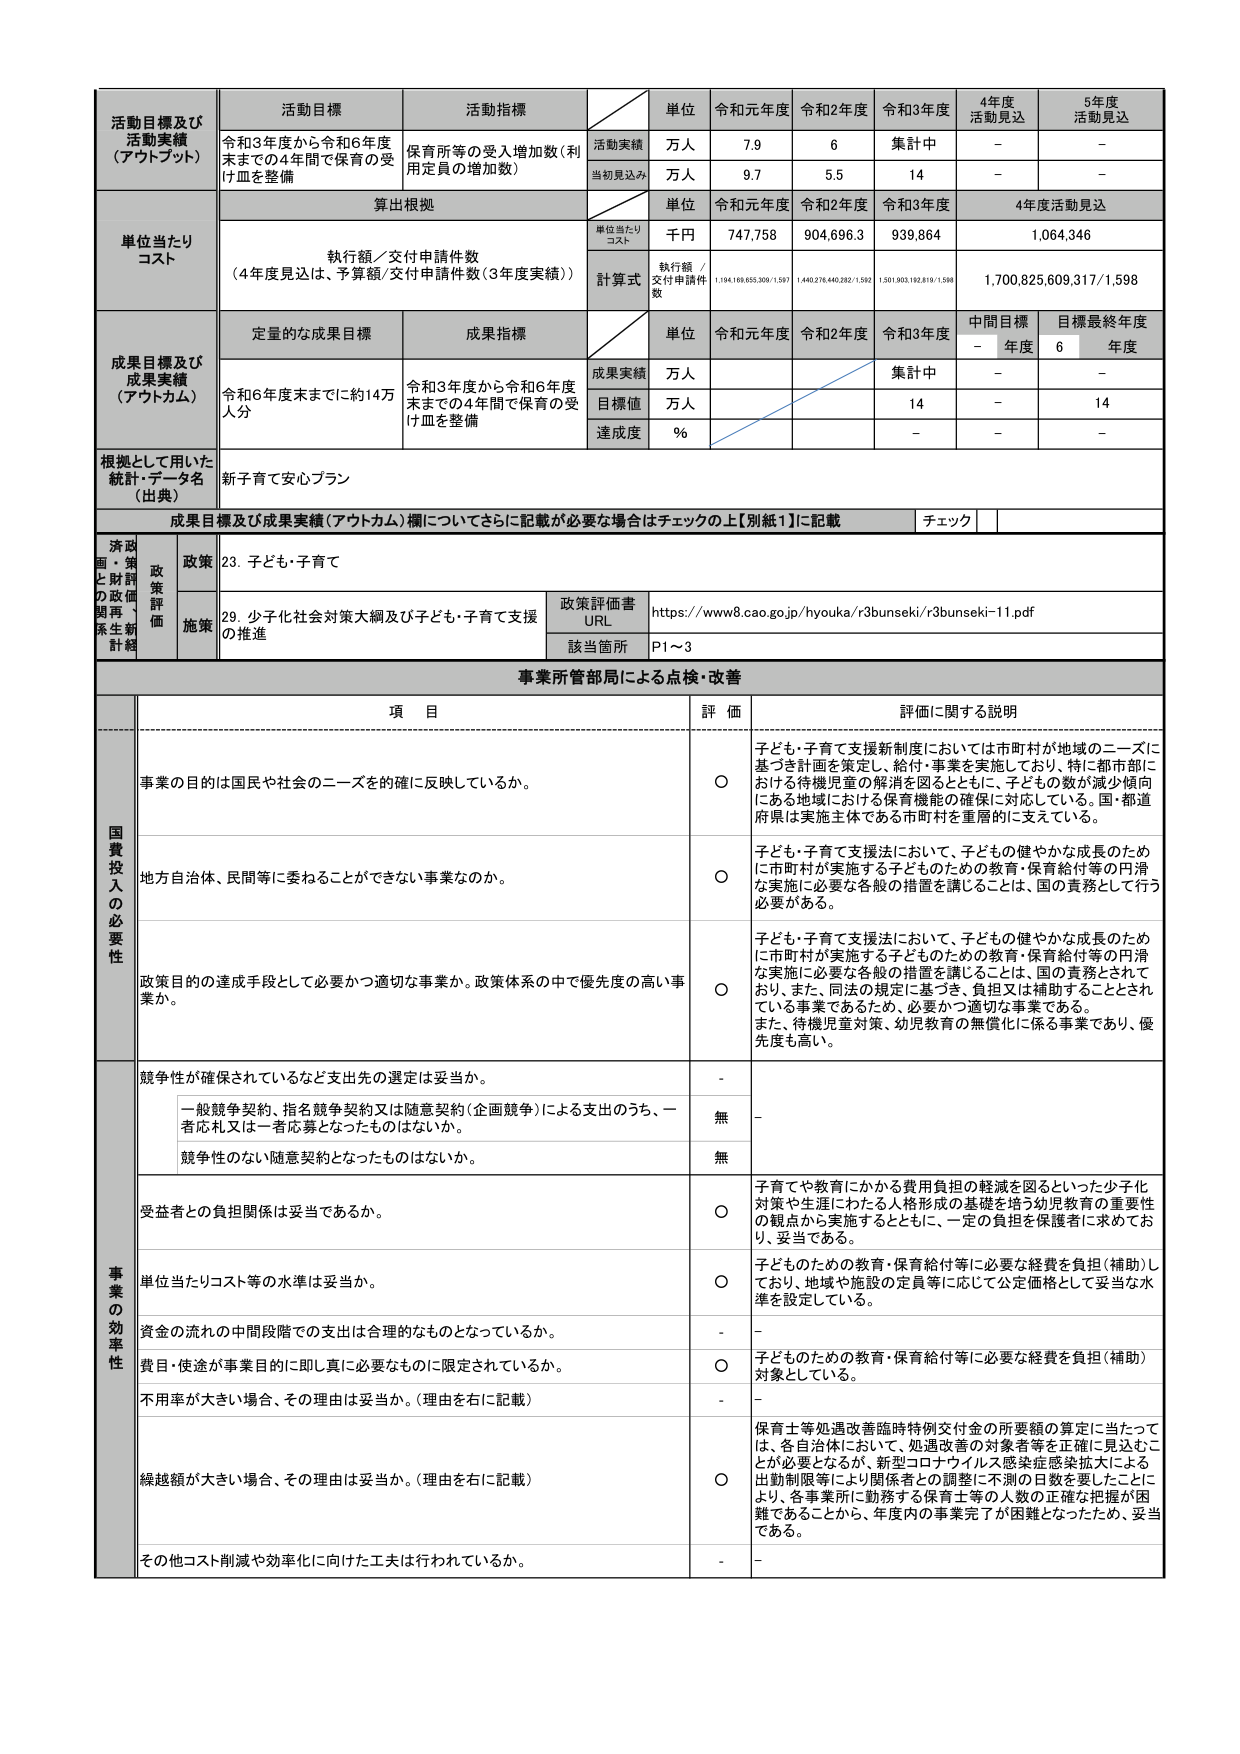
活動目標及び
活動実績
（アウトプット）
活動目標
活動指標
単位
令和元年度
令和2年度
令和3年度
4年度
活動見込
5年度
活動見込
令和3年度から令和6年度
末までの4年間で保育の受
け皿を整備
保育所等の受入増加数（利
用定員の増加数）
活動実績
万人
7.9
6
集計中
－
－
当初見込み
万人
9.7
5.5
14
－
－
単位当たり
コスト
算出根拠
単位
令和元年度
令和2年度
令和3年度
4年度活動見込
単位当たり
コスト
千円
747,758
904,696.3
939,864
1,064,346
執行額／交付申請件数
（4年度見込は、予算額/交付申請件数（3年度実績））
計算式
執行額／
交付申請件
数
1,194,169,655,309/1,597
1,440,278,440,282/1,592
1,501,903,192,819/1,598
1,700,825,609,317/1,598
成果目標及び
成果実績
（アウトカム）
定量的な成果目標
成果指標
単位
令和元年度
令和2年度
令和3年度
中間目標
年度
目標最終年度
年度
令和6年度末までに約14万
人分
令和3年度から令和6年度
末までの4年間で保育の受
け皿を整備
成果実績
万人
集計中
－
－
目標値
万人
14
－
14
達成度
％
－
－
－
根拠として用いた
統計・データ名
（出典）
新子育て安心プラン
成果目標及び成果実績（アウトカム）欄についてさらに記載が必要な場合はチェックの上【別紙１】に記載
チェック
政策評価書
URL
https://www8.cao.go.jp/hyouka/r3bunseki/r3bunseki-11.pdf
該当箇所
P1～3
事業所管部局による点検・改善
項 目
評 価
評価に関する説明
国費投入の必要性
事業の目的は国民や社会のニーズを的確に反映しているか。
○
子ども・子育て支援新制度においては市町村が地域のニーズに
基づき計画を策定し、給付・事業を実施しており、特に都市部に
おける待機児童の解消を図るとともに、子どもの数が減少傾向
にある地域における保育機能の確保に対応している。国・都道
府県は実施主体である市町村を重層的に支えている。
地方自治体、民間等に委ねることができない事業なのか。
○
子ども・子育て支援法において、子どもの健やかな成長のため
に市町村が実施する子どものための教育・保育給付等の円滑
な実施に必要な各般の措置を講じることは、国の責務として行う
必要がある。
政策目的の達成手段として必要かつ適切な事業か。政策体系の中で優先度の高い事
業か。
○
子ども・子育て支援法において、子どもの健やかな成長のため
に市町村が実施する子どものための教育・保育給付等の円滑
な実施に必要な各般の措置を講じることは、国の責務とされて
おり、また、同法の規定に基づき、負担又は補助することとされ
ている事業であるため、必要かつ適切な事業である。
また、待機児童対策、幼児教育の無償化に係る事業であり、優
先度も高い。
事業の効率性
競争性が確保されているなど支出先の選定は妥当か。
－
一般競争契約、指名競争契約又は随意契約（企画競争）による支出のうち、一
者応札又は一者応募となったものはないか。
無
－
競争性のない随意契約となったものはないか。
無
受益者との負担関係は妥当であるか。
○
子育てや教育にかかる費用負担の軽減を図るといった少子化
対策や生涯にわたる人格形成の基礎を培う幼児教育の重要性
の観点から実施するとともに、一定の負担を保護者に求めてお
り、妥当である。
単位当たりコスト等の水準は妥当か。
○
子どものための教育・保育給付等に必要な経費を負担（補助）し
ており、地域や施設の定員等に応じて公定価格として妥当な水
準を設定している。
資金の流れの中間段階での支出は合理的なものとなっているか。
－
－
費目・使途が事業目的に即し真に必要なものに限定されているか。
○
子どものための教育・保育給付等に必要な経費を負担（補助）
対象としている。
不用率が大きい場合、その理由は妥当か。（理由を右に記載）
－
－
繰越額が大きい場合、その理由は妥当か。（理由を右に記載）
○
保育士等処遇改善臨時特別交付金の所要額の算定に当たって
は、各自治体において、処遇改善の対象者等を正確に見込むこ
とが必要となるが、新型コロナウイルス感染症感染拡大による
出勤制限等により関係者との調整に不測の日数を要したことに
より、各事業所に勤務する保育士等の人数の正確な把握が困
難であることから、年度内の事業完了が困難となったため、妥当
である。
その他コスト削減や効率化に向けた工夫は行われているか。
－
－